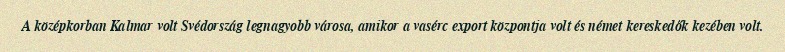
A középkorban Kalmar volt Svédország legnagyobb városa, amikor a vasérc export központja volt és német kereskedők kezében volt.